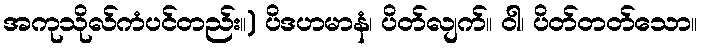
အကုသိုလ်ကံပင်တည်း။) ပိဒဟမာနံ၊ ပိတ်လျက်။ ဝါ၊ ပိတ်တတ်သော။